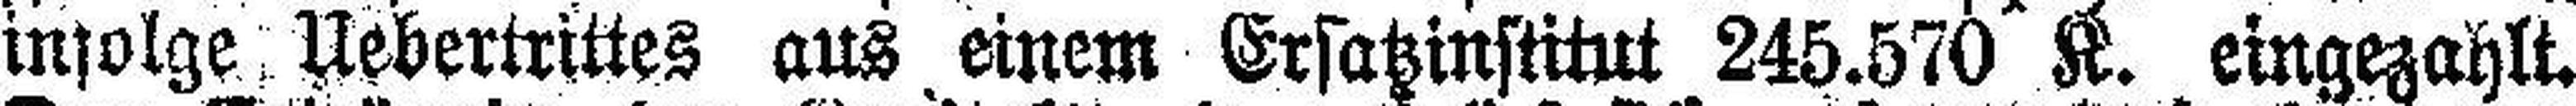
infolge Uebertrittes aus einem Ersatzinstitut 245.570 K. eingezahlt.